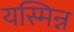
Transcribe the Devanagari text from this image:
यस्मिन्न